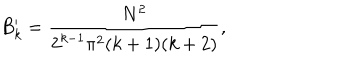
B _ { k } ^ { \prime } = { \frac { N ^ { 2 } } { 2 ^ { k - 1 } \pi ^ { 2 } ( k + 1 ) ( k + 2 ) } } ,